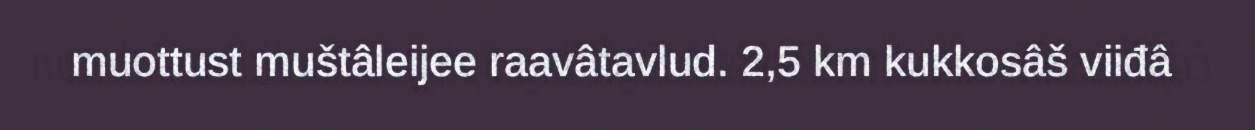
muottust muštâleijee raavâtavlud. 2,5 km kukkosâš viiđâ